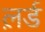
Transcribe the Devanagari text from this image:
ल़र्ड